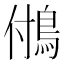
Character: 𩿧